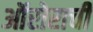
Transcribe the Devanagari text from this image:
ऑरोराची